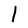
Character: 1